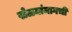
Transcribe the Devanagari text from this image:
खेळ्यांमागची